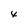
Character: 4